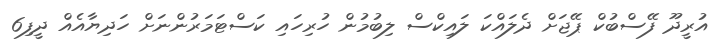
އުރީދޫ ފޭސްބުކް ޕޭޖަށް ދެލައްކަ ލައިކްސް ލިބުމުން ހުރިހައި ކަސްޓަމަރުންނަށް ހަދިޔާއެއް ދީފި6